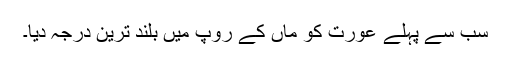
سب سے پہلے عورت کو ماں کے روپ میں بلند ترین درجہ دیا۔